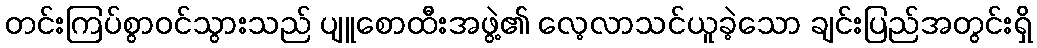
တင်းကြပ်စွာဝင်သွားသည် ပျူစောထီးအဖွဲ့၏ လေ့လာသင်ယူခဲ့သော ချင်းပြည်အတွင်းရှိ